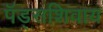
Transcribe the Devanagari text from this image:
पॅड्सशिवाय